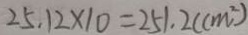
2 5 . 1 2 \times 1 0 = 2 5 1 . 2 ( c m ^ { 2 } )